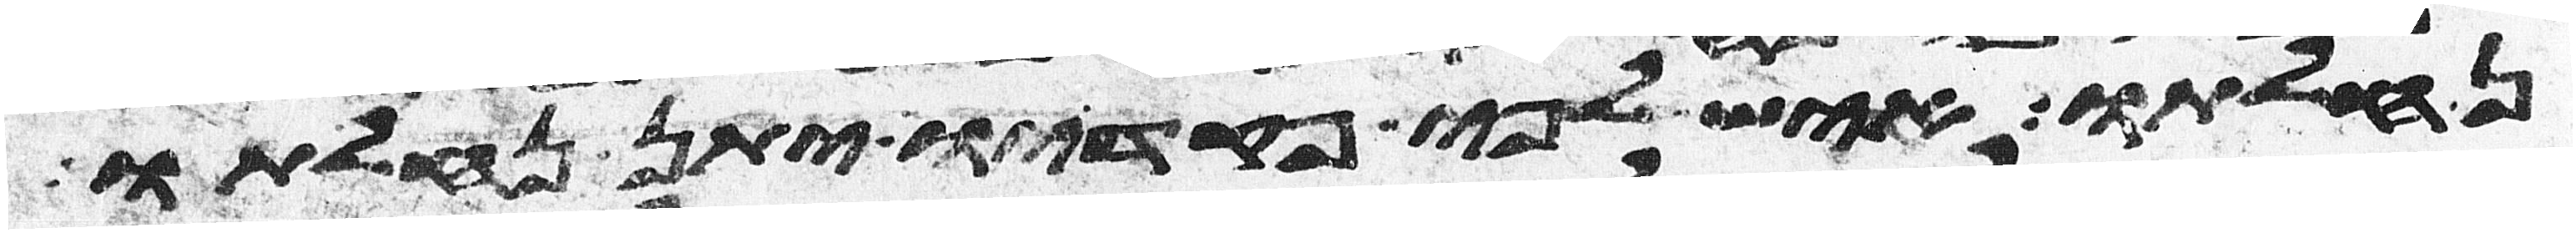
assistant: נחלתו איש לפי פקדיו יתן נחלתו